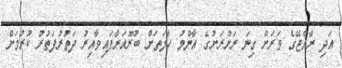
އަދި ރާއްޖޭގެ ވަރަށް ގިނަ ރަށްރަށުގެ އާންމު ހާލަތަށް ބުރޫއަރާފައިވާއިރު ދަތުރުފަތުރު ކުރުމަށް